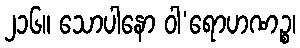
၂၁၆။ သောပါနော ဝါ’ရောဟဏဉ္စ၊